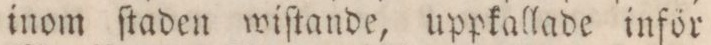
inom ſtaden wiſtande, uppkallade inför